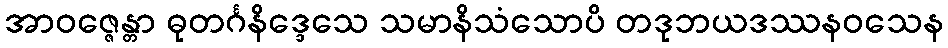
အာဝဇ္ဇေန္တာ ဓုတင်္ဂနိဒ္ဒေသေ သမာနိသံသောပိ တဒုဘယဒဿနဝသေန